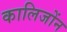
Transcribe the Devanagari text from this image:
कालिजोंन